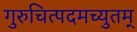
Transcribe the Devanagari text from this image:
गुरुचित्पदमच्युतम्